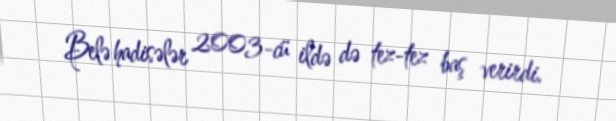
Belə hadisələr 2003-cü ildə də tez-tez baş verirdi.